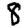
Digit: 8